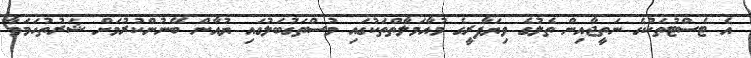
އެ ޓެސްޓުތަކުގެ ނަތީޖާއިން ތެލުގެ ވިޔަފާރީގެ މުއާމަލާތްތަކުގައި މުސްތަގުބަލުގައި ޔުއާން ބޭނުންކުރުމަށް ޝަރުތުހަމަވާ